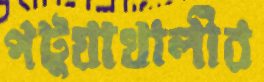
পটুয়াখালীর